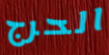
الحرج